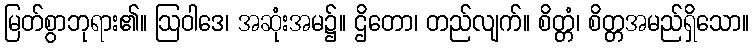
မြတ်စွာဘုရား၏။ ဩဝါဒေ၊ အဆုံးအမ၌။ ဌိတော၊ တည်လျက်။ စိတ္တံ၊ စိတ္တအမည်ရှိသော။